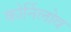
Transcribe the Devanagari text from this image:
कोर्निलोव